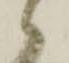
々